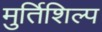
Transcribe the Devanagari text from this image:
मुर्तिशिल्प